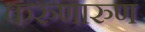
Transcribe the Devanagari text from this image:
करुणारुण